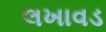
લખાવડ